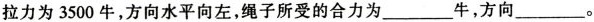
拉力为3500牛，方向水平向左，绳子所受的合力为___牛，方向___。